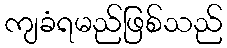
ကျခံရမည်ဖြစ်သည်